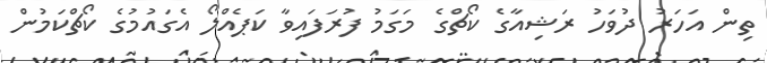
ތިން އަހަރު ދުވަހު ރަޝިއާގެ ކޯޗްގެ މަގަމު ފުރަފައިވާ ކަޕެއްލޯ އެގައުމުގެ ކޯޗްކަމުން